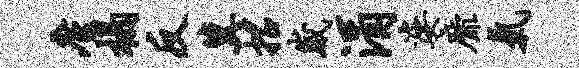
廑榻反冀招崴涓婆靡气